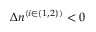
\Delta n ^ { ( i \in \{ 1 , 2 \} ) } < 0